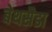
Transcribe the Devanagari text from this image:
बेथसैडा